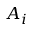
A _ { i }